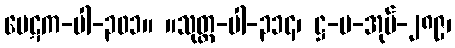
ပေဋက-ပါ-၃၀၁။ ။သုတ္တ-ပါ-၃၁၄၊ ဋ္ဌ-ပ-အုပ်-၂၈၉၊